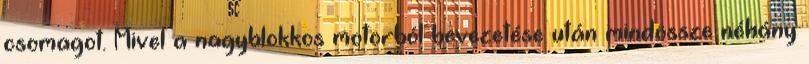
csomagot. Mivel a nagyblokkos motorból bevezetése után mindössze néhány